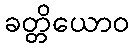
ခတ္တိယောဝ